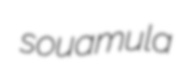
souamula